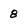
Character: 8